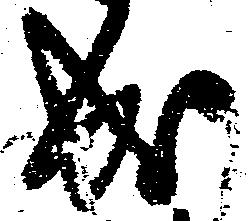
成